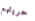
حريتهم